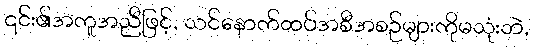
၎င်း၏အကူအညီဖြင့်, သင်နောက်ထပ်အစီအစဉ်များကိုမသုံးဘဲ,